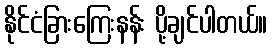
နိုင်ငံခြားကြေးနန်း ပို့ချင်ပါတယ်။